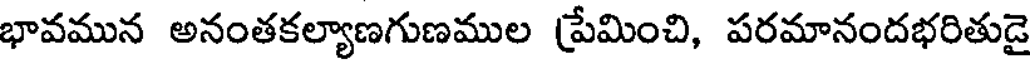
భావమున అనంతకల్యాణగుణముల ప్రేమించి, పరమానందభరితుడై